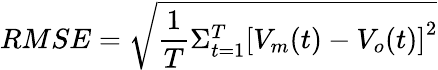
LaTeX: RMSE=\sqrt{\frac{1}{T}\Sigma_{t=1}^{T}\left[V_{m}(t)-V_{o}(t)\right]^{2}}